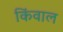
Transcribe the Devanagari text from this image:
किंवाल